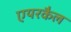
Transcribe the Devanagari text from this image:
एयरकैल